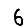
Digit: 6